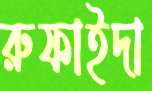
রুফাইদা